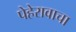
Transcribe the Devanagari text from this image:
पेहेरावाचा